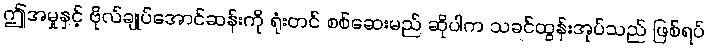
ဤအမှုနှင့် ဗိုလ်ချုပ်အောင်ဆန်းကို ရုံးတင် စစ်ဆေးမည် ဆိုပါက သခင်ထွန်းအုပ်သည် ဖြစ်ရပ်